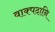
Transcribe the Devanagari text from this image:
वाक्पदानि